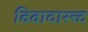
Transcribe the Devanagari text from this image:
विवादास्च्द